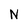
Character: N